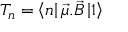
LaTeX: T _ { n } = \left\langle n \right| \vec { \mu } . \vec { B } \left| 1 \right\rangle